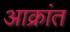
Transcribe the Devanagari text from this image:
अाक्रांत